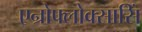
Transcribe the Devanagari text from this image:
एन्रोफ्लोक्सासिं